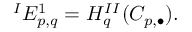
{ } ^ { I } E _ { p , q } ^ { 1 } = H _ { q } ^ { I I } ( C _ { p , \bullet } ) .